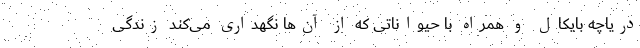
دریاچه بایکال و همراه با حیواناتی که از آن‌ها نگهداری می‌کند زندگی